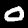
Digit: 0